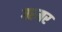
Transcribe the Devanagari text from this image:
गरमर